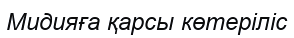
Мидияға қарсы көтеріліс